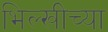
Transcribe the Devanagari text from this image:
भिल्खीच्या